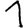
Digit: 1